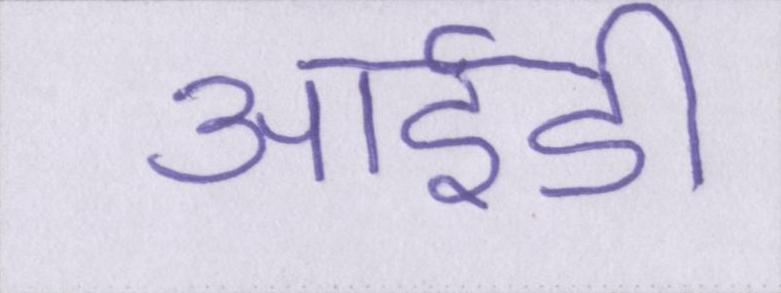
आईडी